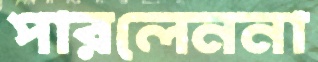
পারলেননা